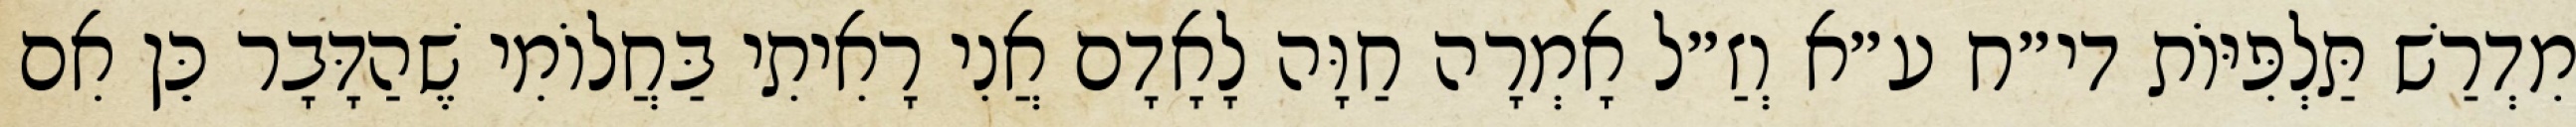
מִדְרַשׁ תַּלְפִּיּוֹת די״ח ע״א וְזַ״ל אָמְרָה חַוָּה לָאָדָם אֲנִי רָאִיתִי בַּחֲלוֹמִי שֶׁהַדָּבָר כֵּן אִם